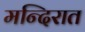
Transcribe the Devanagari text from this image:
मन्दिरात